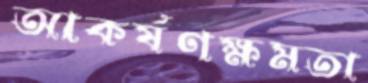
আকর্ষণক্ষমতা